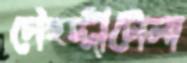
চৌহদ্দীটোলা